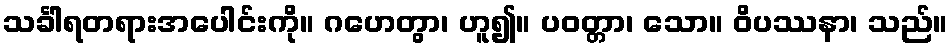
သင်္ခါရတရားအပေါင်းကို။ ဂဟေတွာ၊ ဟူ၍။ ပဝတ္တာ၊ သော။ ဝိပဿနာ၊ သည်။